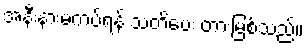
အနီးနားမကပ်ရန် သတိပေး တားမြစ်သည်။